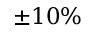
\pm 1 0 \%